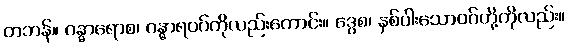
တဘန်။ ဂန္ဓာရောစ၊ ဂန္ဓာရဝဂ်ကိုလည်းကောင်း။ ဒွေစ၊ နှစ်ပါးသောဝဂ်တို့ကိုလည်း။